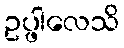
ဥပ္ဖါလေသိ